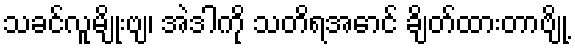
သခင်လူမျိုးဗျ၊ အဲဒါကို သတိရအောင် ချိတ်ထားတာဗျို့